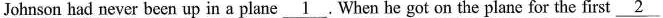
Johnson had never been up in a plane